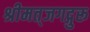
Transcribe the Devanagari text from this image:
श्रीमत्‌जगद्गुरू